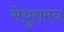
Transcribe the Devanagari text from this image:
सेथुरामन